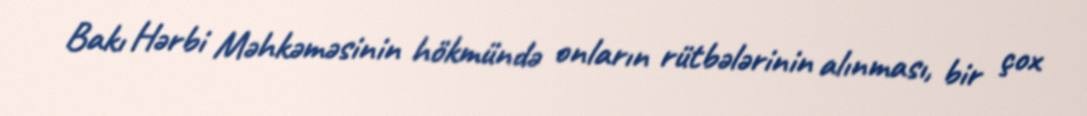
Bakı Hərbi Məhkəməsinin hökmündə onların rütbələrinin alınması, bir çox